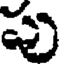
పు